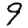
Digit: 9